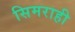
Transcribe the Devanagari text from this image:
सिमराही